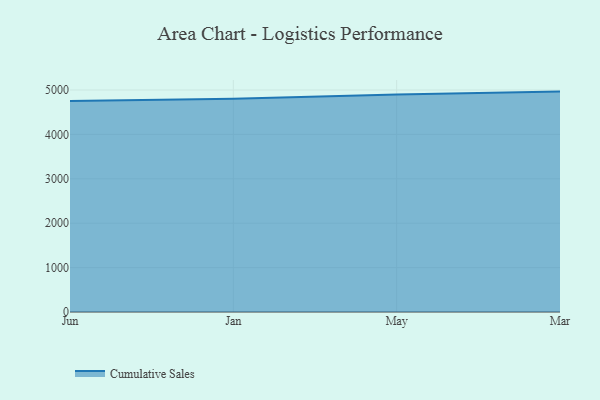
{"axis": {"x": "Month", "y": "Production Output"}, "legend": ["Cumulative Sales"], "data": [{"x": "Jun", "y": 4753.5, "type": "Cumulative Sales"}, {"x": "Jan", "y": 4802.9, "type": "Cumulative Sales"}, {"x": "May", "y": 4897.5, "type": "Cumulative Sales"}, {"x": "Mar", "y": 4963.8, "type": "Cumulative Sales"}]}